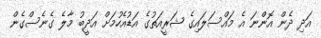
އަދި ދެން އޮންނަ އެ މައްސަލައިގެ ޝަރީއަތުގެ އަޑުއެހުމަށް އަދީބު މާލެ ގެނެސްގެން